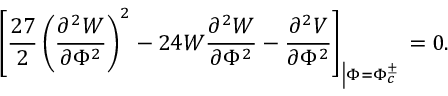
\left[ \frac { 2 7 } { 2 } \left( \frac { \partial ^ { 2 } W } { \partial \Phi ^ { 2 } } \right) ^ { 2 } - 2 4 W \frac { \partial ^ { 2 } W } { \partial \Phi ^ { 2 } } - \frac { \partial ^ { 2 } V } { \partial \Phi ^ { 2 } } \right] _ { \left| \Phi = \Phi _ { c } ^ { \pm } \right. } = 0 .